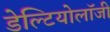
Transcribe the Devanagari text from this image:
डेल्टियोलॉजी